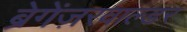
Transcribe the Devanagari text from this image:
ब्रेगेंज़रवाल्डर